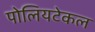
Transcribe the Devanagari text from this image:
पोलियटेकल